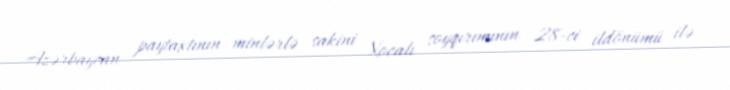
Azərbaycan paytaxtının minlərlə sakini Xocalı soyqırımının 28-ci ildönümü ilə